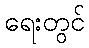
ရေးတွင်